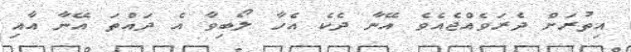
އިތުރަށް ދެރަވެއްޖެއެވެ އޭނާ ދެކެ އެހާ ލޯބިވާ އެ ދައްތަ އޭނާ އާއި